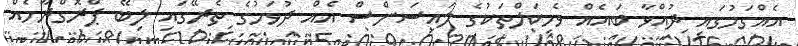
އެއްގަމުގައި ދުއްވާ ބައެއް ވެހިކަލްތަކުގެ ލައިސަންސް އެއް ދުވަހުގެ ތެރޭގައި ލިބޭ ޕްރޮގްރާމެއް